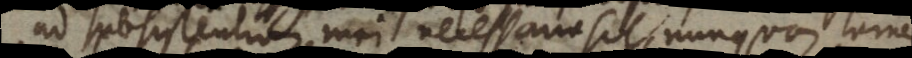
ad subsistentiam mei necessaria sit, nunquam tamen